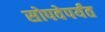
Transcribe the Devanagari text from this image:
सोपवेपर्यंत